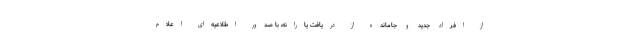
از افراد جدید و جامانده از دریافت یارانه، با صدور اطلاعیه‌ای اعلام